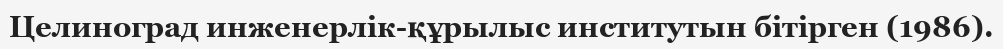
Целиноград инженерлік-құрылыс институтын бітірген (1986).